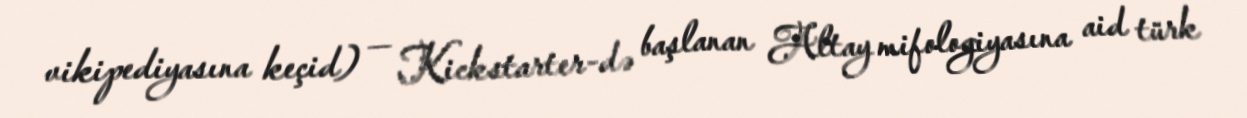
vikipediyasına keçid) — Kickstarter-də başlanan Altay mifologiyasına aid türk